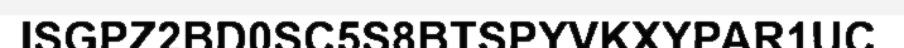
ISGPZ2BD0SC5S8BTSPYVKXYPAR1UC